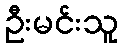
ဦးမင်းသူ